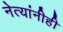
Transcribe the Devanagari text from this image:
नेत्यांनीही